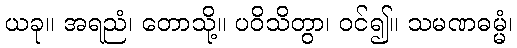
ယခု။ အရညံ၊ တောသို့။ ပဝိသိတွာ၊ ဝင်၍။ သမဏဓမ္မံ၊